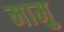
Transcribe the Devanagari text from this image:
मामु